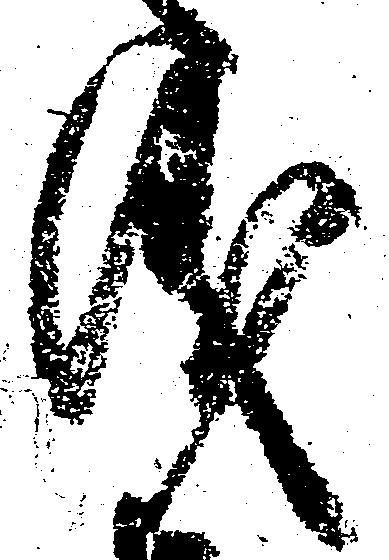
儀